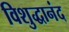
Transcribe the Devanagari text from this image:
विशुद्धानंद